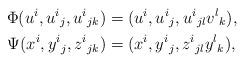
LaTeX: \begin{align*}\Phi(u^i,u^i{}_j,u^i{}_{jk})&=(u^i,u^i{}_j,u^i{}_{jl}v^l{}_k),\\*\Psi(x^i,y^i{}_j,z^i{}_{jk})&=(x^i,y^i{}_j,z^i{}_{jl}y^l{}_k),\end{align*}